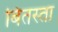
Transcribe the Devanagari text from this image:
बितस्ता